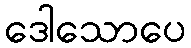
ဒေါသောပေ